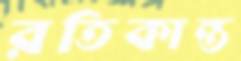
রতিকান্ত